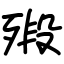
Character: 㱭